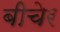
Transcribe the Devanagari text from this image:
बीचेर